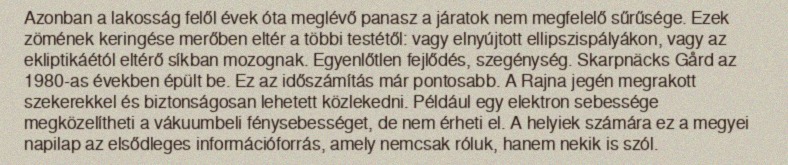
Azonban a lakosság felől évek óta meglévő panasz a járatok nem megfelelő sűrűsége. Ezek zömének keringése merőben eltér a többi testétől: vagy elnyújtott ellipszispályákon, vagy az ekliptikáétól eltérő síkban mozognak. Egyenlőtlen fejlődés, szegénység. Skarpnäcks Gård az 1980-as években épült be. Ez az időszámítás már pontosabb. A Rajna jegén megrakott szekerekkel és biztonságosan lehetett közlekedni. Például egy elektron sebessége megközelítheti a vákuumbeli fénysebességet, de nem érheti el. A helyiek számára ez a megyei napilap az elsődleges információforrás, amely nemcsak róluk, hanem nekik is szól.